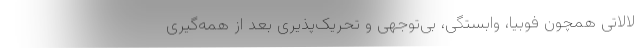
لالاتی همچون فوبیا، وابستگی، بی‌توجهی و تحریک‌پذیری بعد از همه‌گیری